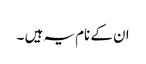
ان کے نام یہ ہیں ۔